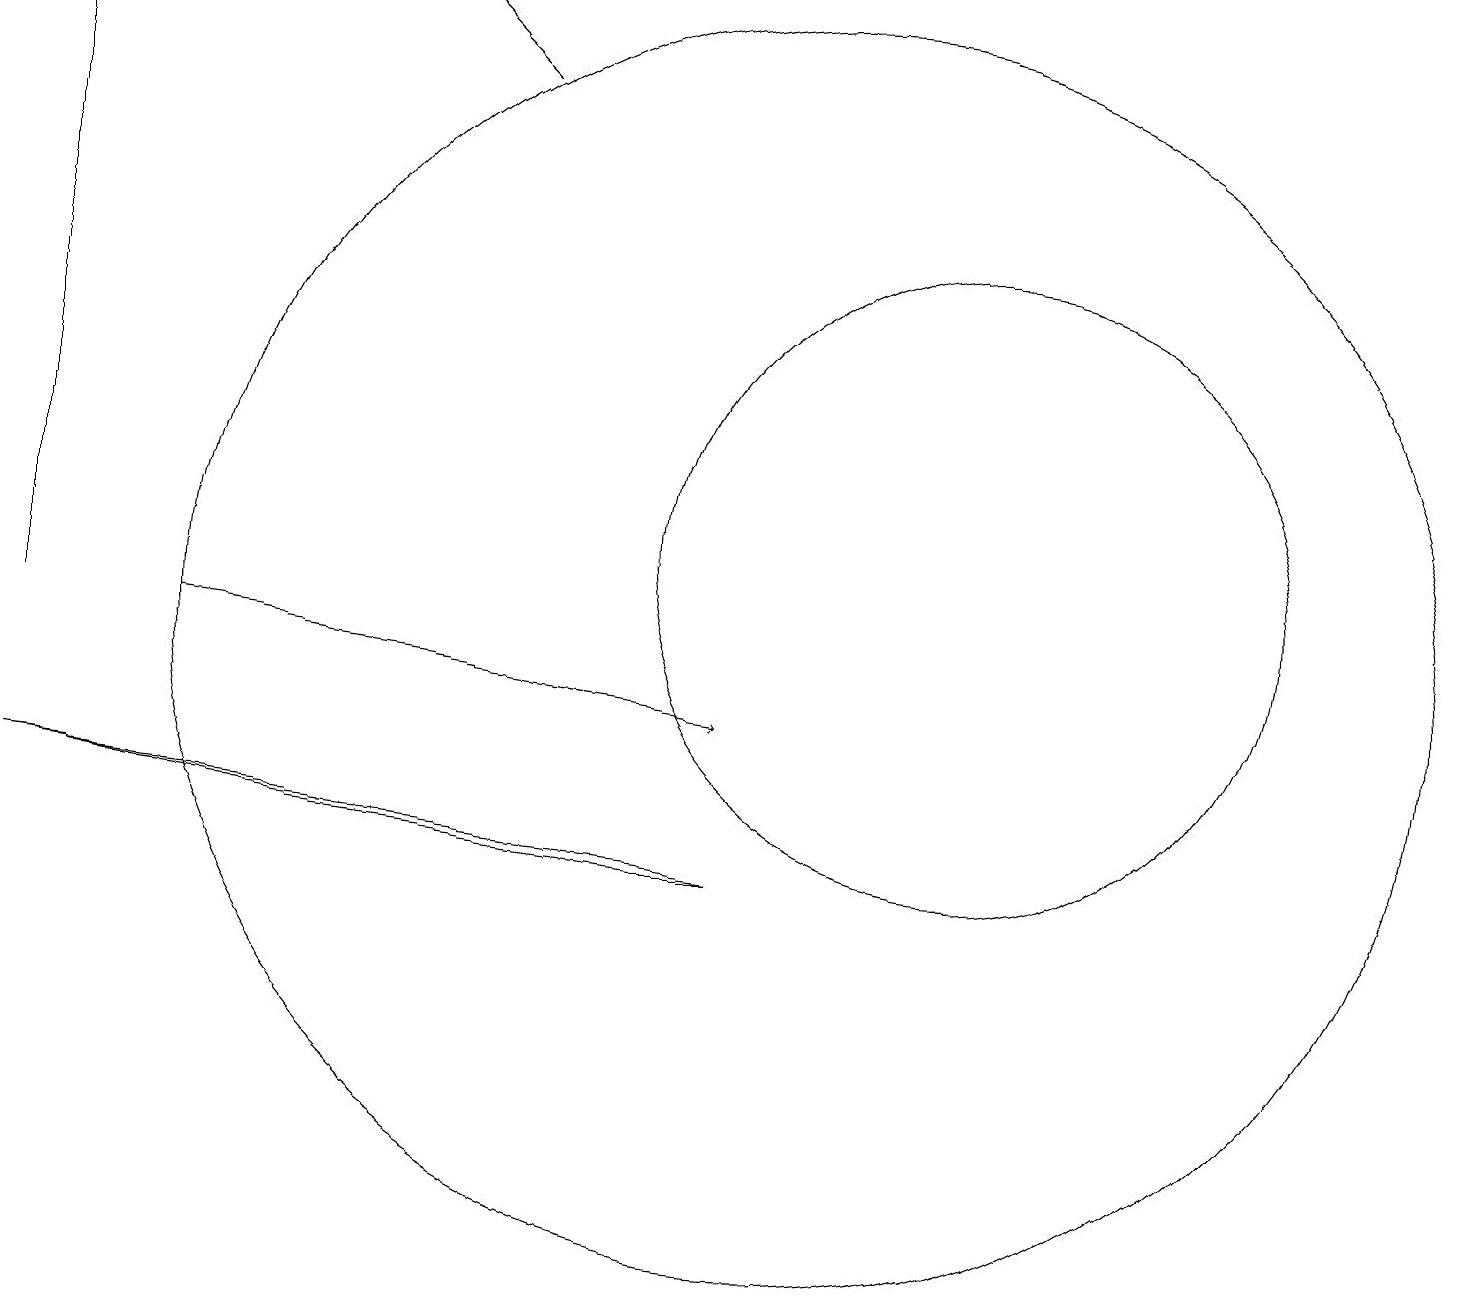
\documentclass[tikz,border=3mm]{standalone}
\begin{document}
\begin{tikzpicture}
\draw (0,9) -- (8,8) -- (9,8) -- cycle;
\draw[->] (2,11) -- (9,10);
\draw (10,11) circle (8);
\draw (12,12) circle (4);
\draw (0,19) rectangle (0,11);
\draw[->] (6,18) -- (5,19);
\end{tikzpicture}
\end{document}